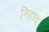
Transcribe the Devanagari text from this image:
निहाद